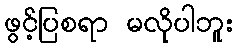
ဖွင့်ပြစရာ မလိုပါဘူး